画像に写った文字を読んでください
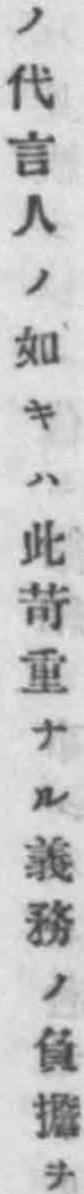
「ノ代言人ノ如キハ此苛重ナル義務ノ負擔ヲ」と書いてあります